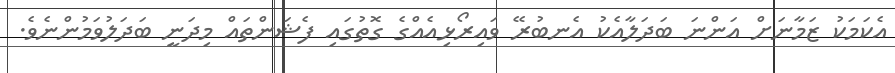
އެކަމަކު ޒަމާނަށް އަންނަ ބަދަލާއެކު އެނބުރޭ ވައިރޯޅިއެއްގެ ގޮތުގައި ފެޝަންތައް މިދަނީ ބަދަލުވަމުންނެވެ.